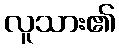
လူသား၏